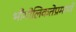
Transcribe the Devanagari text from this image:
भौगोलिकतेप्रमाणे